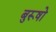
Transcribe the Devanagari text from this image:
बुरूषो